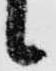
候